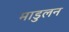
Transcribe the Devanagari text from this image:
माडुलन